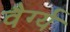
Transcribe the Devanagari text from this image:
वैर्ग्य